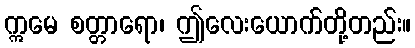
ဣမေ စတ္တာရော၊ ဤလေးယောက်တို့တည်း။